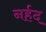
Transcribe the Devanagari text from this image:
नर्हद